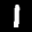
Label: 1